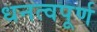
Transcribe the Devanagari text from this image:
धनत्वपूर्ण